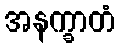
အနက္ခာတံ